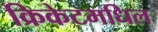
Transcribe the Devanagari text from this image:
क्रिकेटमधिल